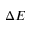
\Delta E